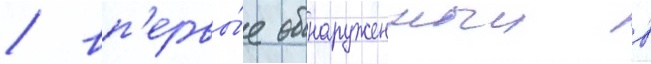
/ вп'ервы́е обнаруженныи в